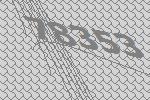
78353